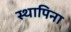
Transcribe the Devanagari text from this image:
स्थापिना